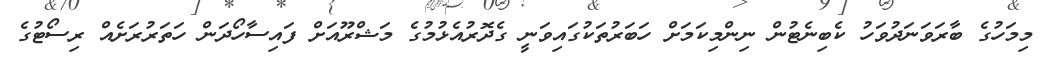
މިމަހުގެ ބާރަވަނަދުވަހު ކެބިނެޓުން ނިންމިކަމަށް ހަބަރުތަކުގައިވަނީ ގެދޮރުއެޅުމުގެ މަޝްރޫއަށް ފައިސާހޯދަން ހަތަރުރަށެއް ރިސޯޓުގެ